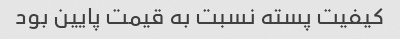
کیفیت پسته نسبت به قیمت پایین بود